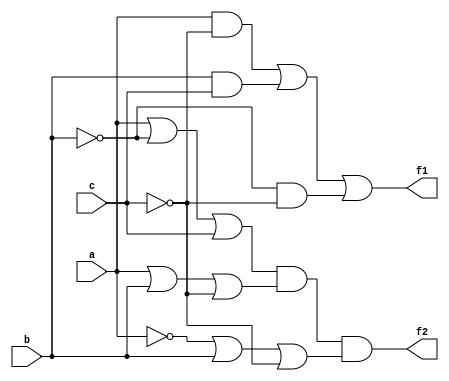
module Ai(a,b,c,f1,f2);
	input  a,b,c;
	output  f1,f2;
	assign f1 = (a&~c)|(b&c)|(~b&~c);
	assign f2 = (a|~b|c)&(a|b|~c)&(~a|b|~c);
endmodule